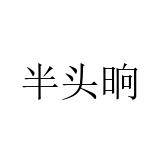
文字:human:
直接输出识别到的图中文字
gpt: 半头晌